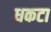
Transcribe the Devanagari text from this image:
धकटा